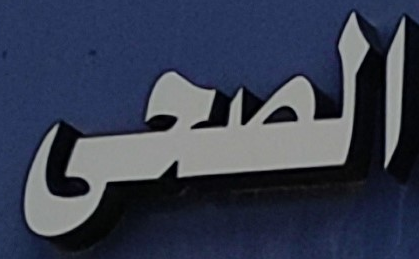
الصحى